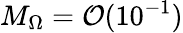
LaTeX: M_{\Omega}=\mathcal{O}(10^{-1})